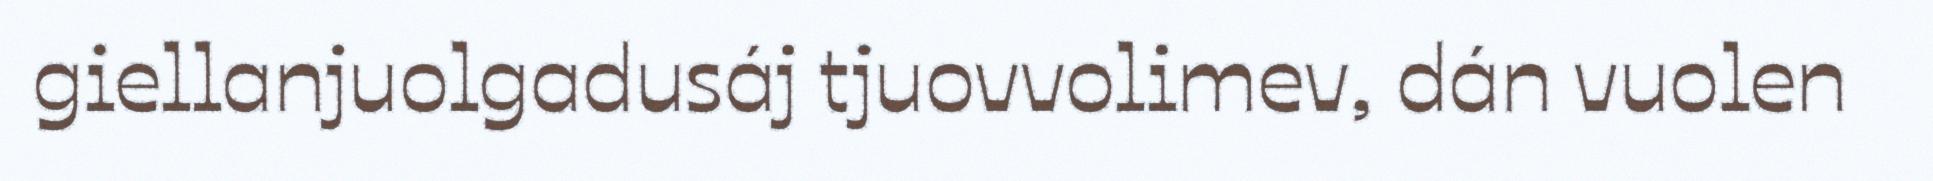
giellanjuolgadusáj tjuovvolimev, dán vuolen